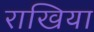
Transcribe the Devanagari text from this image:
राखिया